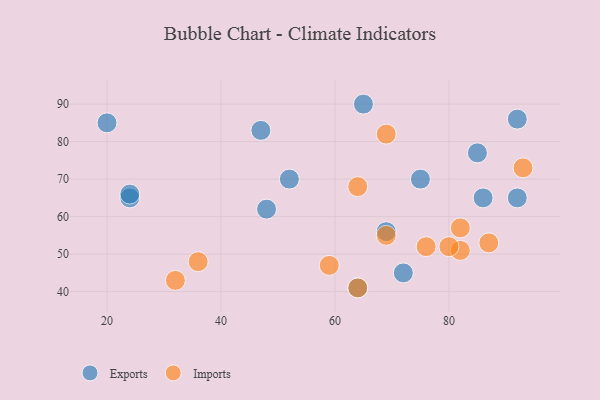
{"axis": {"x": "GDP", "y": "Life Expectancy"}, "legend": ["Exports", "Imports"], "data": [{"x": "52", "y": 70, "type": "Exports"}, {"x": "47", "y": 83, "type": "Exports"}, {"x": "92", "y": 86, "type": "Exports"}, {"x": "64", "y": 41, "type": "Exports"}, {"x": "86", "y": 65, "type": "Exports"}, {"x": "20", "y": 85, "type": "Exports"}, {"x": "24", "y": 65, "type": "Exports"}, {"x": "24", "y": 66, "type": "Exports"}, {"x": "69", "y": 56, "type": "Exports"}, {"x": "85", "y": 77, "type": "Exports"}, {"x": "65", "y": 90, "type": "Exports"}, {"x": "92", "y": 65, "type": "Exports"}, {"x": "72", "y": 45, "type": "Exports"}, {"x": "75", "y": 70, "type": "Exports"}, {"x": "48", "y": 62, "type": "Exports"}, {"x": "69", "y": 55, "type": "Imports"}, {"x": "64", "y": 68, "type": "Imports"}, {"x": "82", "y": 51, "type": "Imports"}, {"x": "36", "y": 48, "type": "Imports"}, {"x": "87", "y": 53, "type": "Imports"}, {"x": "32", "y": 43, "type": "Imports"}, {"x": "93", "y": 73, "type": "Imports"}, {"x": "59", "y": 47, "type": "Imports"}, {"x": "82", "y": 57, "type": "Imports"}, {"x": "76", "y": 52, "type": "Imports"}, {"x": "64", "y": 41, "type": "Imports"}, {"x": "69", "y": 82, "type": "Imports"}, {"x": "80", "y": 52, "type": "Imports"}]}